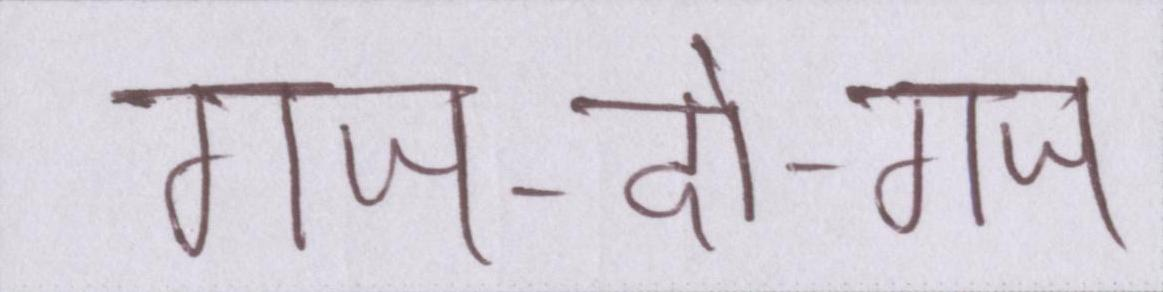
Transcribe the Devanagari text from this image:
गज-दो-गज